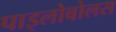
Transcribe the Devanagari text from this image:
पाइलोबोलस